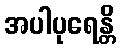
အပါပုရေန္တိ